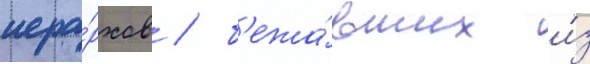
иера́рхов / б'ежа́вших и́з